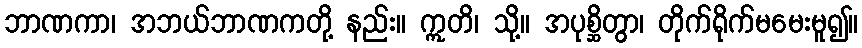
ဘာဏကာ၊ အဘယ်ဘာဏကတို့ နည်း။ ဣတိ၊ သို့။ အပုစ္ဆိတွာ၊ တိုက်ရိုက်မမေးမူ၍။